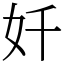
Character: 奷